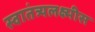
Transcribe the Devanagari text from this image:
स्वातंत्र्यलक्ष्मीस